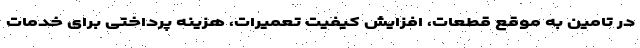
در تامین به موقع قطعات، افزایش کیفیت تعمیرات، هزینه پرداختی برای خدمات